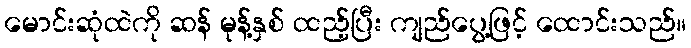
မောင်းဆုံထဲကို ဆန် မုန့်နှစ် ထည့်ပြီး ကျည်ပွေ့ဖြင့် ထောင်းသည်။